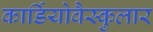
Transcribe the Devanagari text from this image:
कार्डियोवैस्कुलार